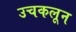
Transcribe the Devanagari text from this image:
उचकलून